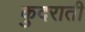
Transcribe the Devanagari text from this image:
कुदराती